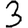
Digit: 3